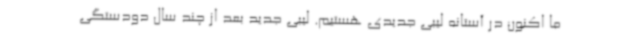
ما اکنون در آستانه لیبی جدیدی هستیم. لیبی جدید بعد از چند سال دودستگی